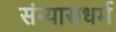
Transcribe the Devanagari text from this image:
संन्यासधर्म